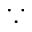
\because